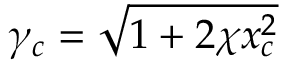
\gamma _ { c } = \sqrt { 1 + 2 \chi x _ { c } ^ { 2 } }